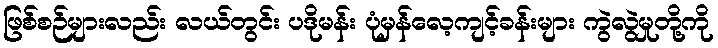
ဖြစ်စဉ်များလည်း လယ်တွင်း ပဒိုမန်း ပုံမှန်လေ့ကျင့်ခန်းများ ကွဲလွဲမှုတို့ကို